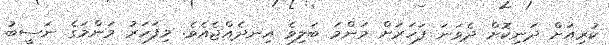
ކުރިއަށް ދަނިކޮށް ދެވަނަ ފަހަރަށް މަންމަ ބަލިވެ އިނދެއްޖެއެވެ. މިފަހަރު މަންމަގެ ނަސީބު